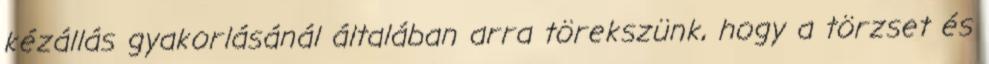
kézállás gyakorlásánál általában arra törekszünk, hogy a törzset és